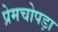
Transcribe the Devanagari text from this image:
प्रेमचोपड़ा